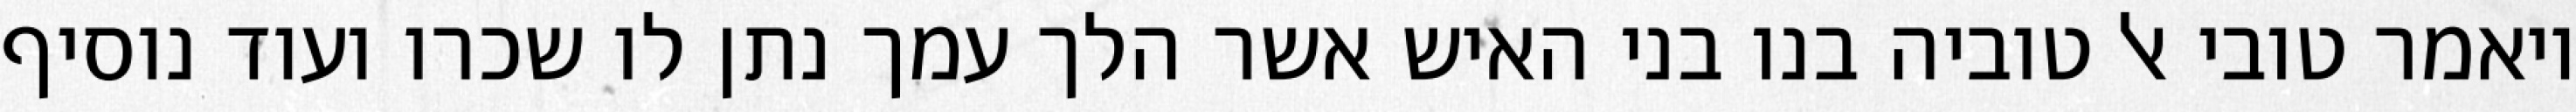
ויאמר טובי אל טוביה בנו בני האיש אשר הלך עמך נתן לו שכרו ועוד נוסיף